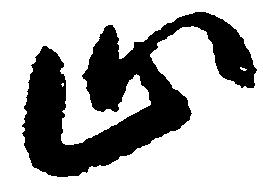
止